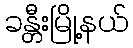
ခန္တီးမြို့နယ်